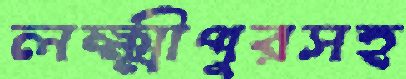
লক্ষ্মীপুরসহ